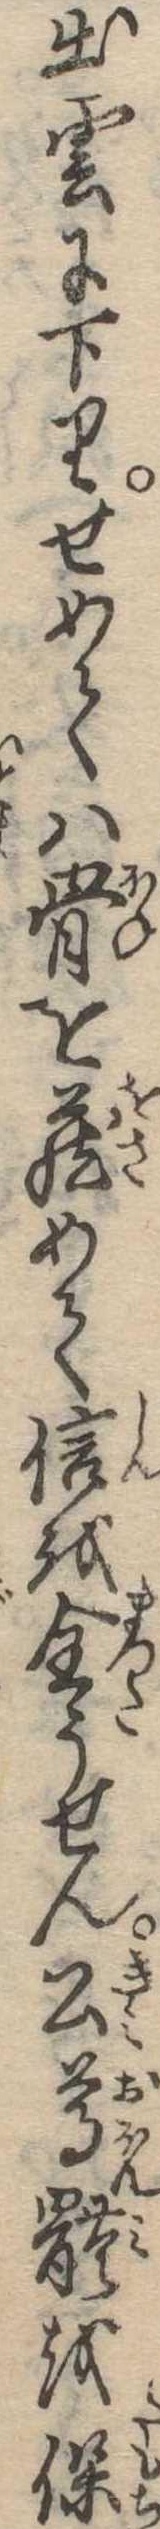
出雲に下りせめては骨を蔵めて信を全うせん公尊体を保